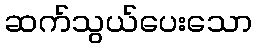
ဆက်သွယ်ပေးသော